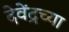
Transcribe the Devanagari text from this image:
देवेंद्रच्या